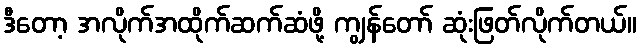
ဒီတော့ အလိုက်အထိုက်ဆက်ဆံဖို့ ကျွန်တော် ဆုံးဖြတ်လိုက်တယ်။